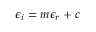
\epsilon _ { i } = m \epsilon _ { r } + c